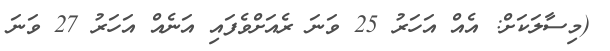
(މިސާލަކަށް: އެއް އަހަރު 25 ވަނަ ރެއަށްވެފައި އަނެއް އަހަރު 27 ވަނަ